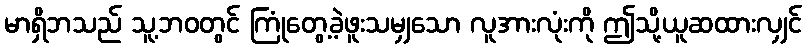
မာရှိဘသည် သူ့ဘဝတွင် ကြုံတွေ့ခဲ့ဖူးသမျှသော လူအားလုံးကို ဤသို့ယူဆထားလျှင်